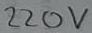
Text: 220V